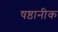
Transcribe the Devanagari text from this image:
षष्ठानीक